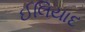
ઈલિયાદ